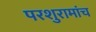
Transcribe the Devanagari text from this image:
परशुरामांच